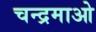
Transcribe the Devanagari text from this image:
चन्द्रमाओ